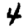
Digit: 4